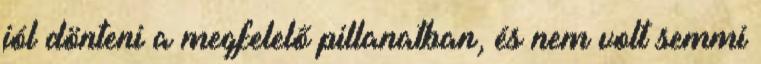
jól dönteni a megfelelő pillanatban, és nem volt semmi